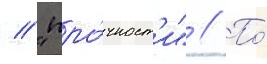
/ "про́чност'и" // По́